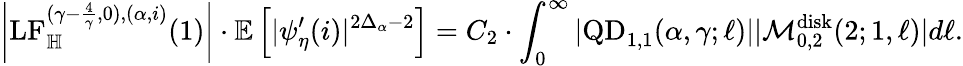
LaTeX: \left|\mathrm{LF}_{\mathbb H}^{(\gamma-\frac{4}{\gamma},0),(\alpha,i)}(1)\right|\cdot\mathbb E\left[|\psi_{\eta}^{\prime}(i)|^{2\Delta_{\alpha}-2}\right]=C_{2}\cdot\int_{0}^{\infty}|\mathrm{QD}_{1,1}(\alpha,\gamma;\ell)||\mathcal M_{0,2}^{\mathrm{disk}}(2;1,\ell)|d\ell.